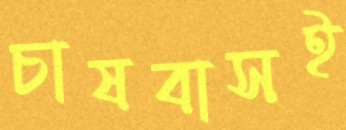
চাষবাসই